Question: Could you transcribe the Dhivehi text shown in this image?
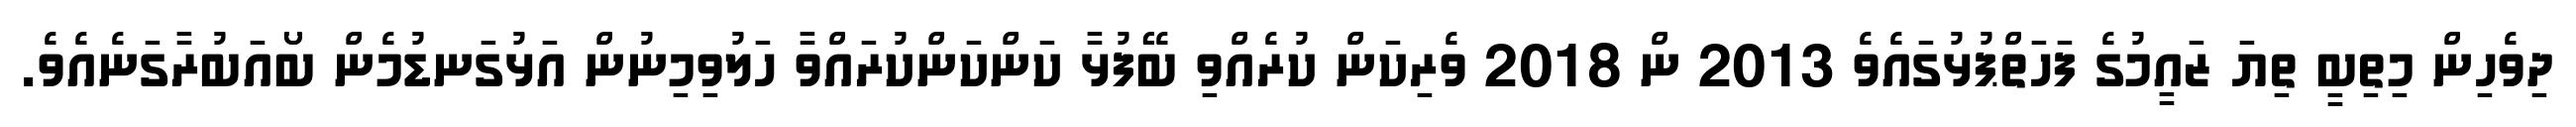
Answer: ދިވެހިން މިތިބީ ތިޔަ ޒައީމުގެ ފަހަތްޕުޅުގައެވެ 2013 ން 2018 ވެރިކަން ކުރެއްވި ބޭފުޅާ ކަންކަންކުރައްވާ ހަލުވިމިނުން އަޅުގަނޑުމެން ބޯއަބުރާގަނެއެވެ.